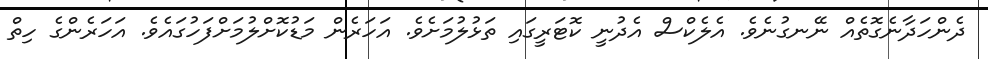
ދެންހަދާނެގޮތެއް ނޭނގުނެވެ. އެލެކްސް އެދުނީ ކޮޓަރީގައި ތަޅުލުމަށެވެ. އަހަރެން މަޑުކޮށްލުމަށްފަހުގައެވެ. އަހަރެންގެ ހިތް